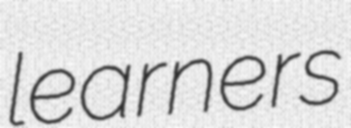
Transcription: learners